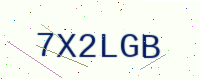
Text: 7X2LGB